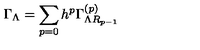
\Gamma _ { \Lambda } = \sum _ { p = 0 } h ^ { p } \Gamma _ { \Lambda R _ { p - 1 } } ^ { \left( p \right) }